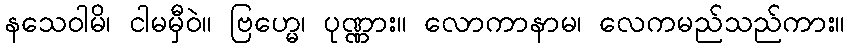
နသေဝါမိ၊ ငါမမှီဝဲ။ ဗြဟ္မေ၊ ပုဏ္ဏား။ လောကာနာမ၊ လေကမည်သည်ကား။